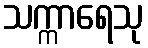
သက္ကာရေသု